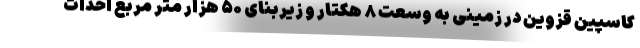
کاسپین قزوین در زمینی به وسعت ۸ هکتار و زیربنای ۵۰ هزار متر مربع احداث